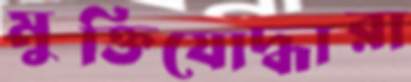
মুক্তিযোদ্ধারা